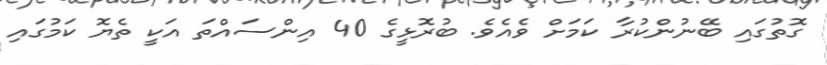
ގޮތުގައި ބޭނުންކުރާ ކަމަށް ވެއެވެ. ބުރޮޅީގެ 40 އިންސައްތަ އަކީ ތެޔޮ ކަމުގައި